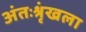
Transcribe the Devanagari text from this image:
अंतःश्रृंखला